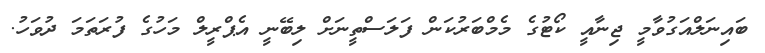
ބައިނަލްއަގުވާމީ ޖިނާއީ ކޯޓުގެ މެމްބަރުކަން ފަލަސްތީނަށް ލިބޭނީ އެޕްރީލް މަހުގެ ފުރަތަމަ ދުވަހު.